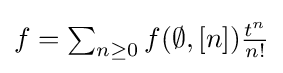
\textstyle f=\sum _{n\geq 0}f(\emptyset ,[n]){\frac {t^{n}}{n!}}